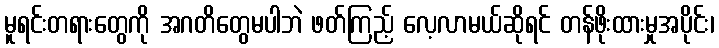
မူရင်းတရားတွေကို အဂတိတွေမပါဘဲ ဖတ်ကြည့် လေ့လာမယ်ဆိုရင် တန်ဖိုးထားမှုအပိုင်း၊